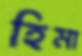
হিমা